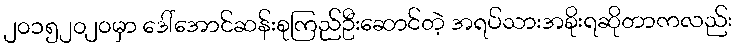
၂၀၁၅၂၀၂၀မှာ ဒေါ်အောင်ဆန်းစုကြည်ဦးဆောင်တဲ့ အရပ်သားအစိုးရဆိုတာကလည်း